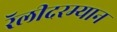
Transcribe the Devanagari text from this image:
रॅलीदरम्यान